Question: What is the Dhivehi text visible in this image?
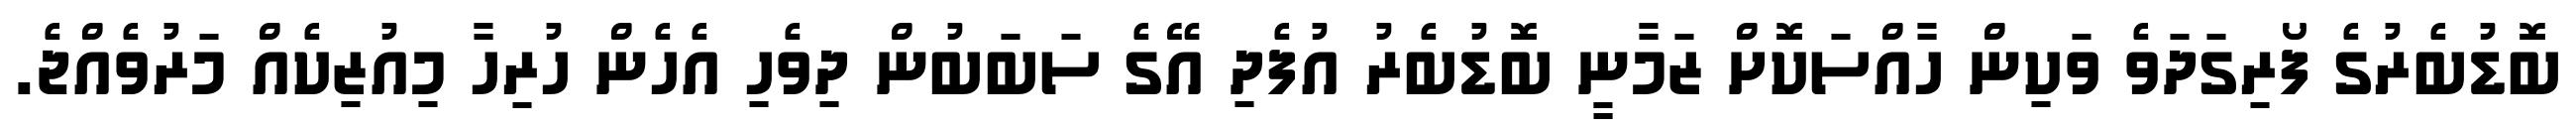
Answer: ބޮޑުބެރުގެ ފޯރިގަދަވެ ވަކިން ހާއްސަކޮށް ޒަމާނީ ބޮޑުބެރު އުފެދި އޭގެ ސަބަބުން ދިވެހި އެހެން ހުރިހާ މިއުޒިކެއް މަރުވެއްޖެ.